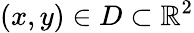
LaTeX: (x,y)\in D\subset\mathbb{R}^{2}